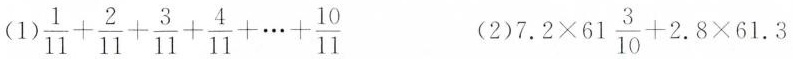
（1）$$\frac { 1 } { 1 1 } + \frac { 2 } { 1 1 } + \frac { 3 } { 1 1 } + \frac { 4 } { 1 1 } + \cdots + \frac { 1 0 } { 1 1 }$$ （2）$$7 . 2 \times 6 1 \frac { 3 } { 1 0 } + 2 . 8 \times 6 1 . 3$$